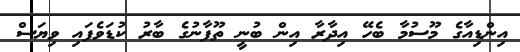
އިންޑިއާގެ މޫސުމާ ބެހޭ އިދާރާ އިން ބުނީ ތޫފާނުގެ ބާރު ކުޑަވެފައި ވިޔަސް